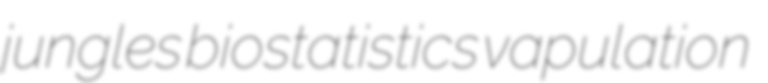
jungles biostatistics vapulation